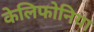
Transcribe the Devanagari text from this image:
केलिफोनिया